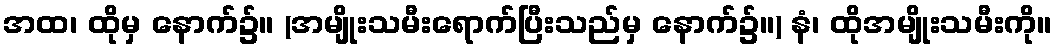
အထ၊ ထိုမှ နောက်၌။ (အမျိုးသမီးရောက်ပြီးသည်မှ နောက်၌။) နံ၊ ထိုအမျိုးသမီးကို။